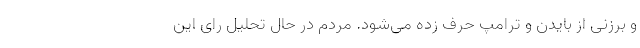
و برزنی از بایدن و ترامپ حرف زده می‌شود. مردم در حال تحلیل رای این